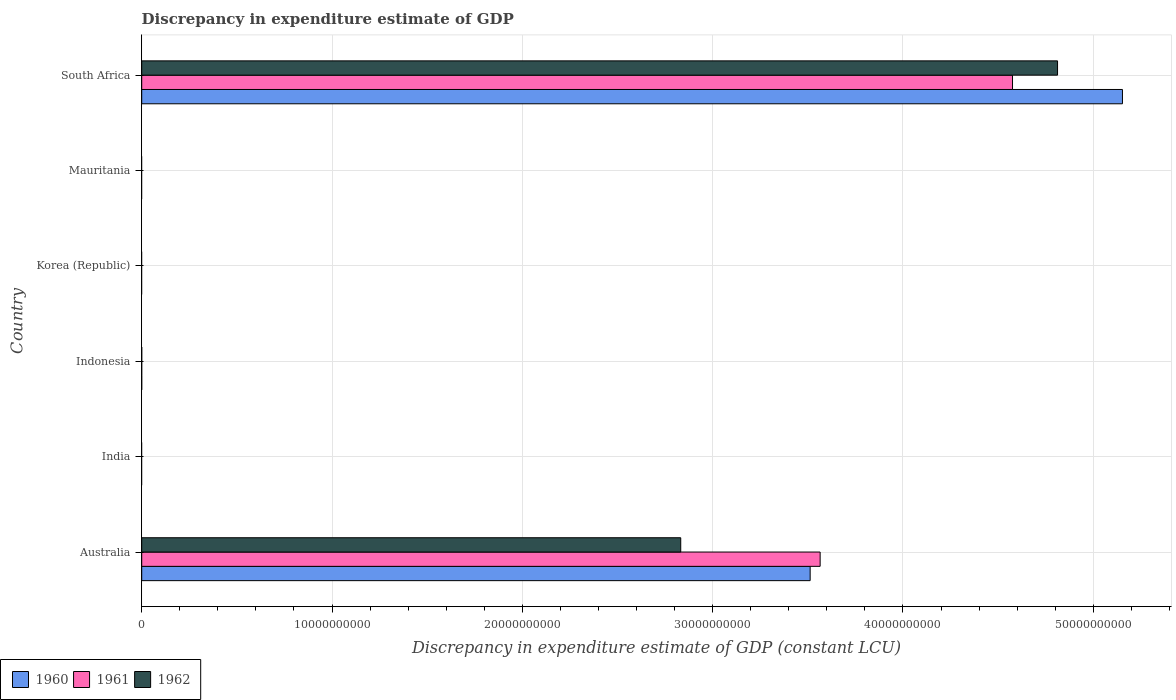
| Country | 1960 | 1961 | 1962 |
 | --- | --- | --- | --- |
 | Australia | 3.51e+10 | 3.56e+10 | 2.83e+10 |
 | India | -4.92e+10 | -5.39e+10 | -7.39e+10 |
 | Indonesia | -2.23e+06 | -2.42e+06 | -1.4e+06 |
 | Korea (Republic) | -1.64e+13 | -1.66e+13 | -1.73e+13 |
 | Mauritania | -6.24e+12 | -1.32e+13 | -1.6e+13 |
 | South Africa | 5.15e+10 | 4.58e+10 | 4.81e+10 |